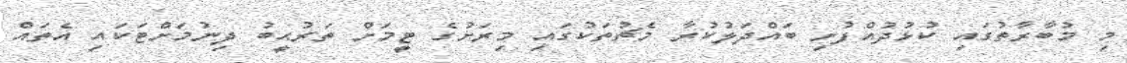
މި މުބާރާތުގައި ކުޅުދުއްފުށި ބައްދަލުކުރާ މެޗުތަކުގައި މިރަށުގެ ޓީމަށް ތަރުޙީބު ދިނުމަށްޓަކައި އެތައް